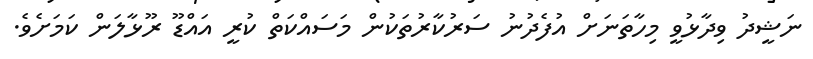
ނަޝީދު ވިދާޅުވީ މިހާތަނަށް އުފެދުނު ސަރުކާރުތަކުން މަސައްކަތް ކުރީ އައްޑޫ ރޫޅާލަން ކަމަށެވެ.